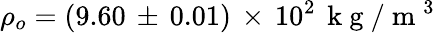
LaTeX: \rho_{o}=(9.60\, \pm\, 0.01)\, \times\, 10^{2}\, \mathrm{~k~g~}/\mathrm{~m~}^{3}